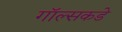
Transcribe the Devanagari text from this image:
गॉल्सकडे